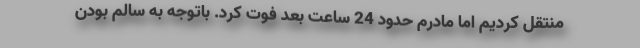
منتقل کردیم اما مادرم حدود 24 ساعت بعد فوت کرد. باتوجه به سالم بودن